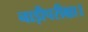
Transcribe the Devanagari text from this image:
नाड़ीपरीक्षा।